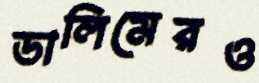
ডালিমেরও